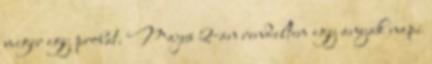
meger egy probat. Majus 2-an rendeltem egy anyak napi